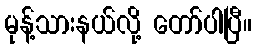
မုန့်သားနယ်လို့ တော်ပါပြီ။